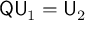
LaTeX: { \sf Q } { \sf U } _ { 1 } = { \sf U } _ { 2 }